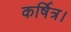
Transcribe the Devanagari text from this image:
कर्षित्र।